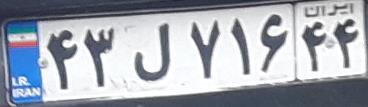
۴۳ل۷۱۶۴۴